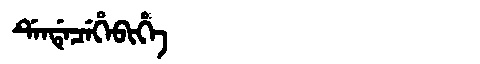
Manchu: ᡩᡝᠨᡩᡝᠴᡝᡥᡝᠪᡳᡥᡝ
Romanization: DENDECEHEBIHE